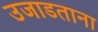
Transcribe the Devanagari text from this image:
उजाडताना